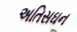
અતિસઘન